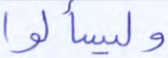
وليسألوا